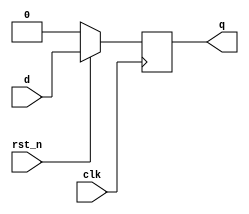
// Synchronous reset D flip-flop
module dff_srst
(
    input clk, rst_n,
    input d,
    output reg q
);

always @(posedge clk)
    if(!rst_n)
        q <= 0;
    else
        q <= d;

endmodule